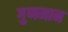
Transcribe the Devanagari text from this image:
गुणमान